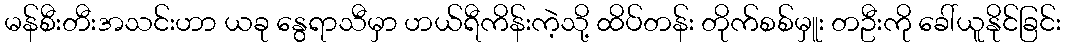
မန်စီးတီးအသင်းဟာ ယခု နွေရာသီမှာ ဟယ်ရီကိန်းကဲ့သို့ ထိပ်တန်း တိုက်စစ်မှူး တဦးကို ခေါ်ယူနိုင်ခြင်း